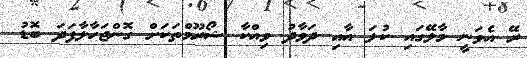
ރޭ އެވަނީ މާލޭގައި ކުލަ އާއި ދަވާދު ވިއްކާ ޝޯރޫމްތަކަށް ގޮންޖަހާލާފަދަ ބޮޑު